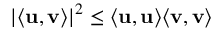
| \langle \mathbf { u } , \mathbf { v } \rangle | ^ { 2 } \leq \langle \mathbf { u } , \mathbf { u } \rangle \langle \mathbf { v } , \mathbf { v } \rangle